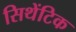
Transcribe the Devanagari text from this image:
सिथेंटिक